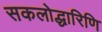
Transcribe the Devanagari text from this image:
सकलोद्धारिणि